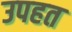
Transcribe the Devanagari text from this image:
उपहत